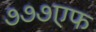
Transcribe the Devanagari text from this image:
७७७एफ